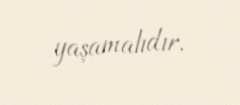
yaşamalıdır.